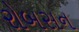
રોબસન